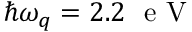
\hbar \omega _ { q } = 2 . 2 ~ \mathrm { ~ e ~ V ~ }